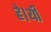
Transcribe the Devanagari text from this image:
हे।यी